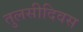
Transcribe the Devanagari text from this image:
तुलसीदिवस